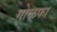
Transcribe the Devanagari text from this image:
गोळफा